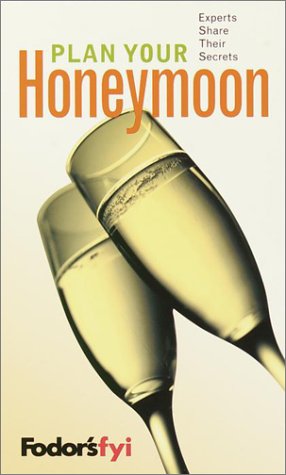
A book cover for Fodor's FYI: Plan Your Honeymoon, 1st Edition: Experts Share Their Secrets (Special-Interest Titles); Fodor's; Crafts, Hobbies & Home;